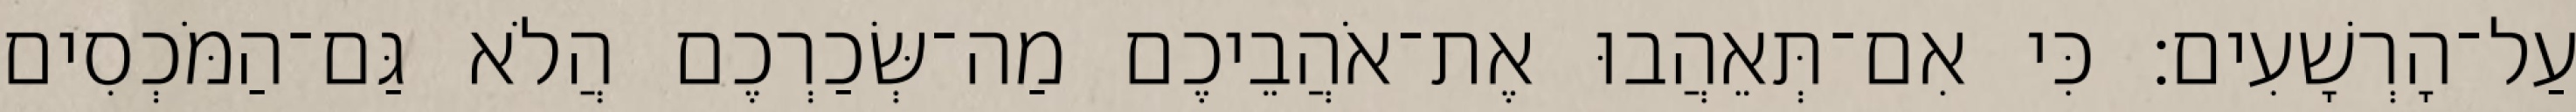
עַל־הָרְשָׁעִים׃ כִּי אִם־תְּאֵהֲבוּ אֶת־אֹהֲבֵיכֶם מַה־שְּׂכַרְכֶם הֲלֹא גַּם־הַמֹּכְסִים